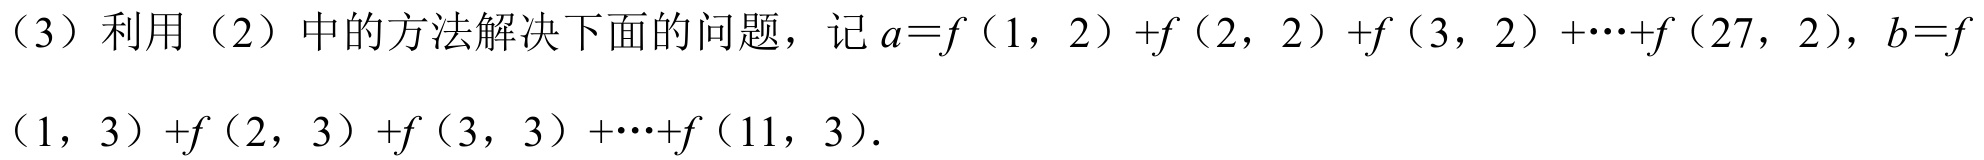
（3）利用（2）中的方法解决下面的问题，记\(a = f(1,2)+f(2,2)+f(3,2)+\cdots +f(27,2)\)，\(b = f(1,3)+f(2,3)+f(3,3)+\cdots +f(11,3)\)．